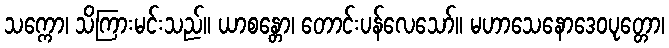
သက္ကော၊ သိကြားမင်းသည်။ ယာစန္တော၊ တောင်းပန်လေသော်။ မဟာသေနောဒေဝပုတ္တော၊